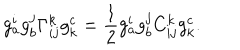
LaTeX: g _ { a } ^ { i } g _ { b } ^ { j } \Gamma _ { i j } ^ { k } g _ { k } ^ { c } = \frac { 1 } { 2 } g _ { a } ^ { i } g _ { b } ^ { j } C _ { i j } ^ { k } g _ { k } ^ { c } .